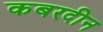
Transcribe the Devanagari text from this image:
कबरदीन